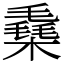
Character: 㯔